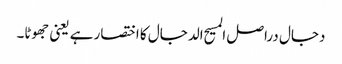
دجال دراصل المسیح الدجال کا اختصار ہے یعنی جھوٹا۔